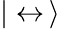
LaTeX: |\leftrightarrow\, \rangle